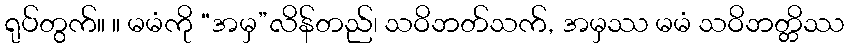
ရုပ်တွက်။ ။ မမံကို “အမှ”လိန်တည်၊ သဝိဘတ်သက်, အမှဿ မမံ သဝိဘတ္တိဿ